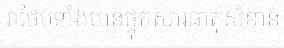
វាថែមទាំងមានផ្ទុកសារធាតុសំខាន់